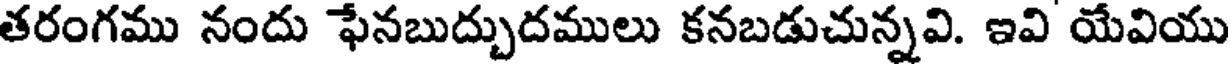
తరంగము నందు ఫేనబుద్బుదములు కనబడుచున్నవి. ఇవి యేవియు